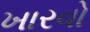
ખારવો